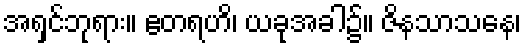
အရှင်ဘုရား။ ဧတရဟိ၊ ယခုအခါ၌။ ဇိနသာသနေ၊